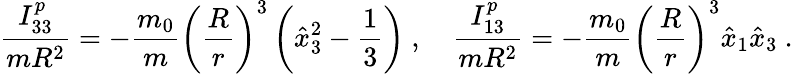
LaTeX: \frac{I_{33}^{p}}{mR^{2}}=-\frac{m_{0}}{m}\left(\frac{R}{r}\right)^{3}\left(\hat{x}_{3}^{2}-\frac{1}{3}\right)\ ,\quad\frac{I_{13}^{p}}{mR^{2}}=-\frac{m_{0}}{m}\left(\frac{R}{r}\right)^{3}\hat{x}_{1}\hat{x}_{3}\ .